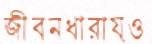
জীবনধারায়ও